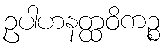
ဥပါဟနတ္ထဝိကဉ္စ